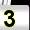
Digit: 3